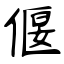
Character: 偃